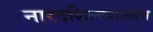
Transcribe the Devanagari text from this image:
नारदशिल्पशास्त्रम